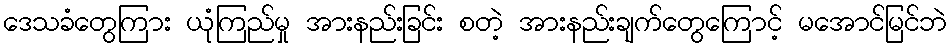
ဒေသခံတွေကြား ယုံကြည်မှု အားနည်းခြင်း စတဲ့ အားနည်းချက်တွေကြောင့် မအောင်မြင်ဘဲ